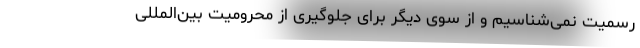
رسمیت نمی‌شناسیم و از سوی دیگر برای جلوگیری از محرومیت بین‌المللی